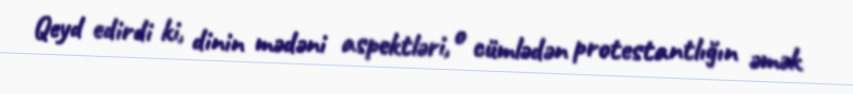
Qeyd edirdi ki, dinin mədəni aspektləri, o cümlədən protestantlığın əmək